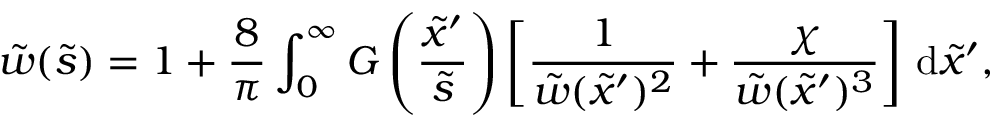
\tilde { w } ( \tilde { s } ) = 1 + \frac { 8 } { \pi } \int _ { 0 } ^ { \infty } G \left( \frac { \tilde { x } ^ { \prime } } { \tilde { s } } \right) \left[ \frac { 1 } { \tilde { w } ( \tilde { x } ^ { \prime } ) ^ { 2 } } + \frac { \chi } { \tilde { w } ( \tilde { x } ^ { \prime } ) ^ { 3 } } \right] \, \mathrm { d } \tilde { x } ^ { \prime } ,